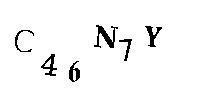
C46N7Y